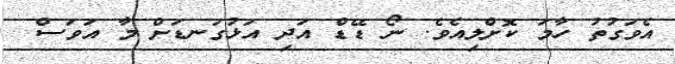
އެވަގުތު ހާމަ ކޮށްލިއެވެ. ނޯ ޑޭޑް އަދި އަޅުގަނޑަށް މާ އަވަސް